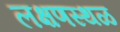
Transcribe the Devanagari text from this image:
लक्षणस्थळ